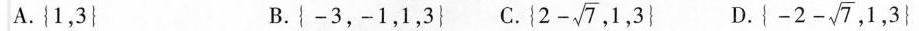
A.{1，3} B. {-3，-1，1，3} C. {$$2 - \sqrt { 7 }$$,1,3} D. {$$- 2 - \sqrt { 7 }$$,1,3}